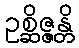
ဥစ္ဆိဇ္ဇန္တိ